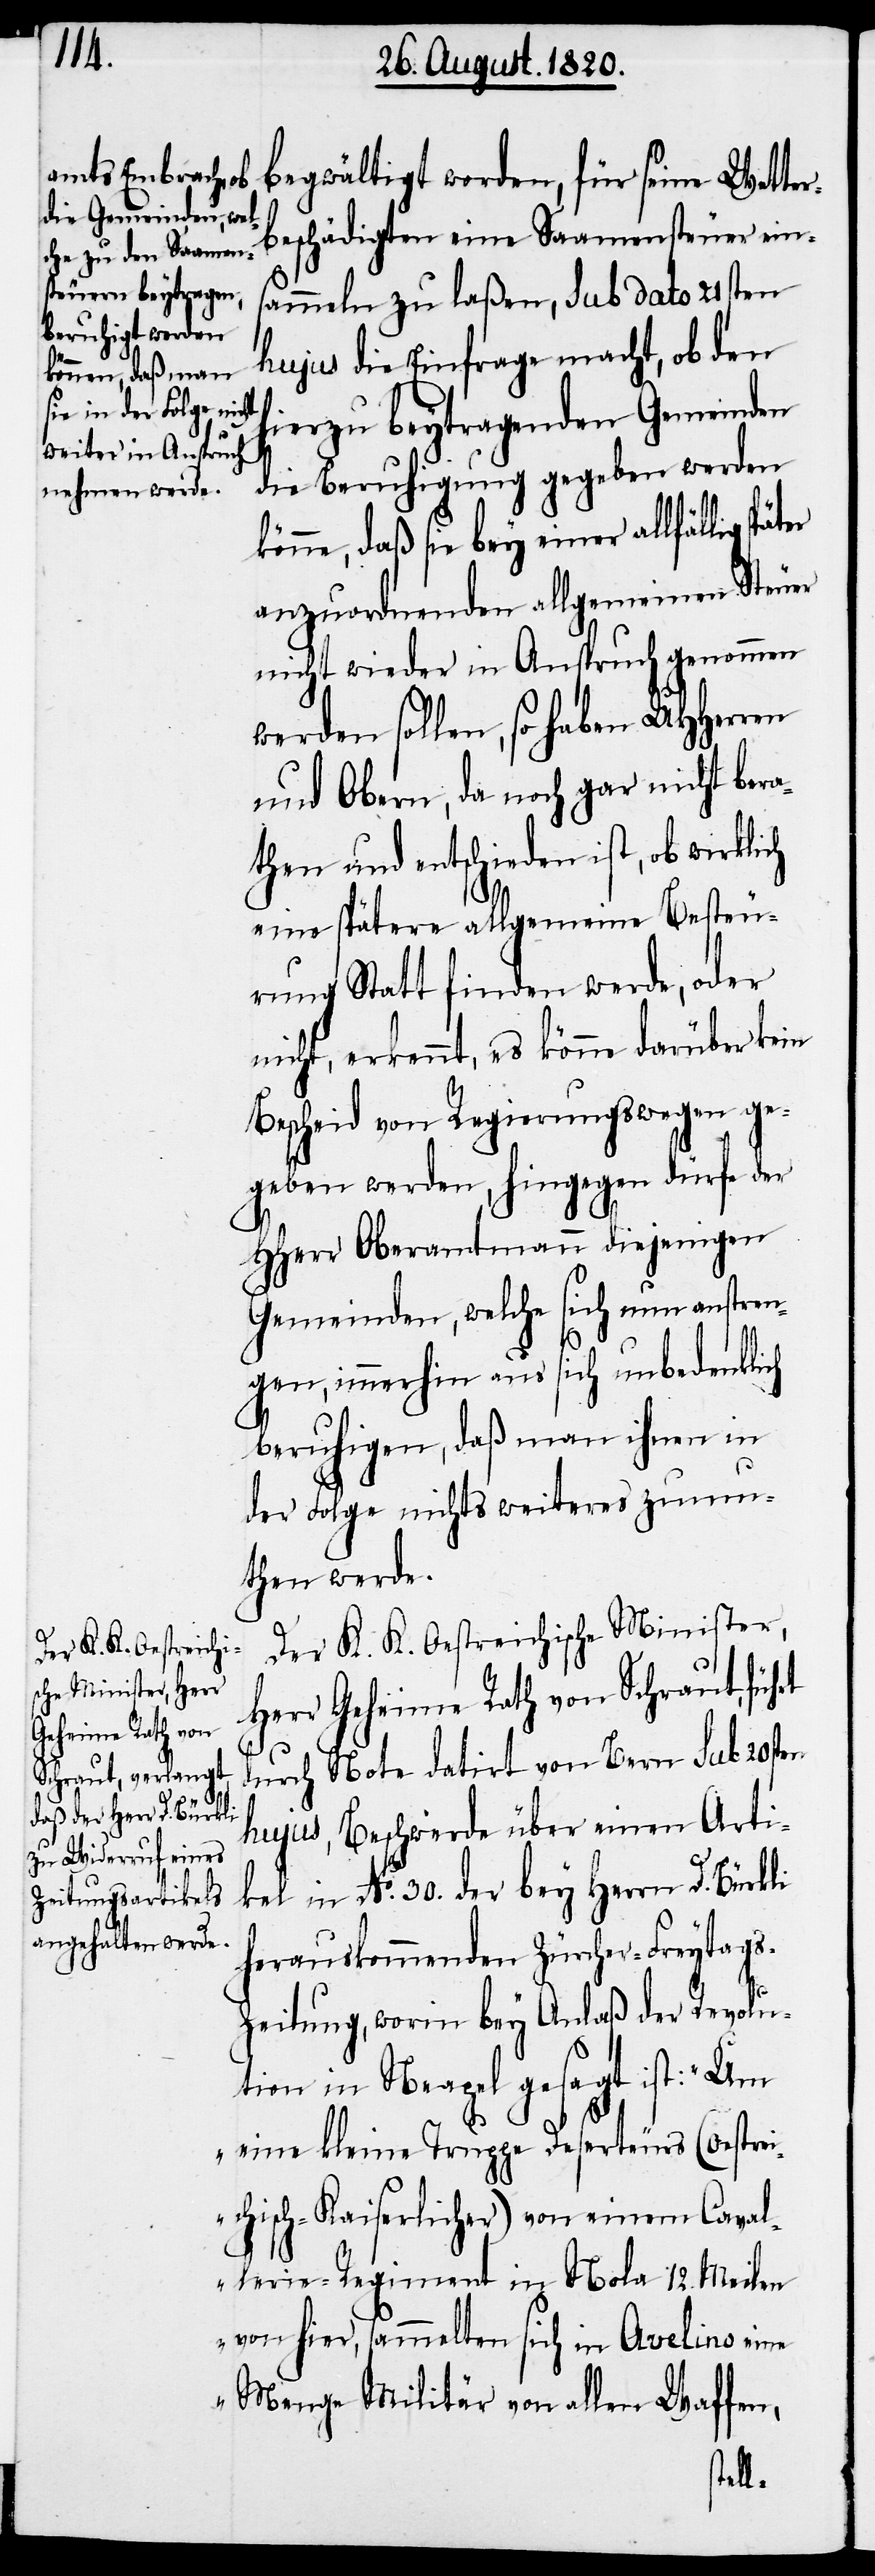
begwältigt worden, für seine Wetter¬
beschädigten eine Saamensteuer ein¬
sammeln zu laßen, sub dato 21sten
hujus die Einfrage macht, ob den
hierzu beytragenden Gemeinden
die Beruhigung gegeben werden
könne, daß sie bey einer allfällig
anzuordnenden allgemeinen Steuer
nicht wieder in Anspruch genommen
werden sollen, so haben UHHerren
und Obern, da noch gar nicht ber¬
athen und entschieden ist, ob wirklich
eine spätere allgemeine Besteu¬
rung Statt finden werde, oder
nicht, erkennt, es könne darüber kein
Bescheid von Regierungswegen ge¬
geben werden, hingegen dürfe der
HHerr Oberamtmann diejenigen
Gemeinden, welch sich nun anstren¬
gen, immerhin aus sich unbedenklich
beruhigen, daß man ihnen in
der Folge nichts weiteres zumu¬
then werde.
Der K. K. Oestreichische Minister,
Herr Geheime Rath von Schraut, führt
durch Note datirt von Bern sub 20sten
hujus, Beschwerde über einen Arti¬
kel in No. 30. der bey Herrn D. Bürkli
herauskommenden Zürcher-Freytag¬
s-Zeitung, worin bey Anlaß der Revolu¬
tion in Neapel gesagt ist: „Um
eine kleine Truppe Deserteurs (Oestrei¬
chisch-Kaiserlicher) von einem Caval¬
lerie-Regiment in Mola 12. Meilen
von hier, sammelten sich in Avelino eine
Menge Militär von allen Waffen,